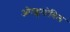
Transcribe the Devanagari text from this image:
ओल्ड्समोबिल